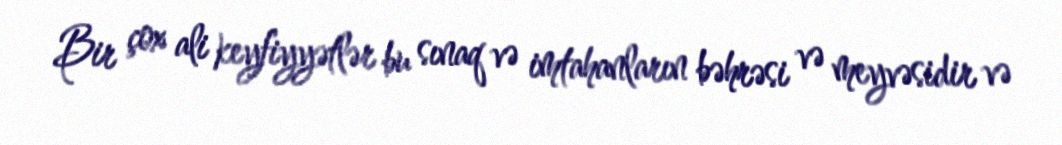
Bir çox ali keyfiyyətlər bu sınaq və imtahanların bəhrəsi və meyvəsidir və